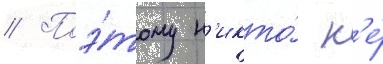
// Поэ́тому н'икто́ н'е́